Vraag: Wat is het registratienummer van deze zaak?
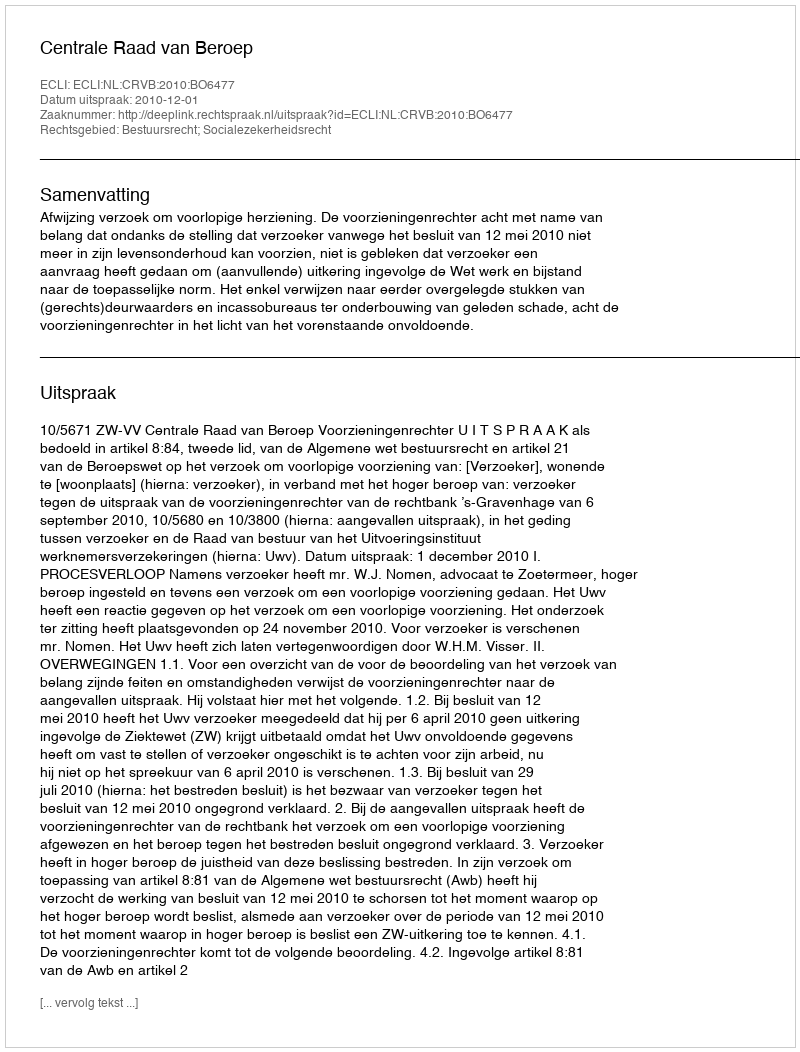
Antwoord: http://deeplink.rechtspraak.nl/uitspraak?id=ECLI:NL:CRVB:2010:BO6477